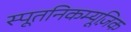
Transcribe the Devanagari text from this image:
स्पूतनिकम्यूज़िक